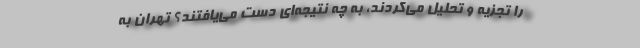
را تجزیه و تحلیل می‌کردند، به چه نتیجه‌ای دست می‌یافتند؟ تهران به